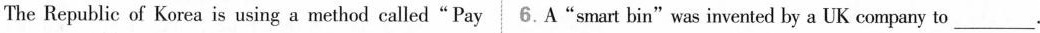
The Republic of Korea is using a method called"Pay 6.A"smart bin"was invented by a UK company to___